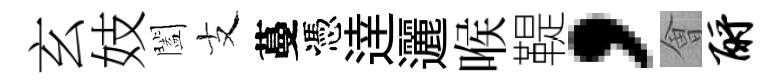
玄妓闔支蔓憑逹邐喉鞮，㑹酹